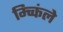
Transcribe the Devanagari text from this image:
म्च्किंले